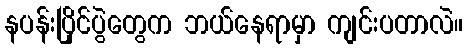
နပန်းပြိုင်ပွဲတွေက ဘယ်နေရာမှာ ကျင်းပတာလဲ။